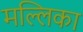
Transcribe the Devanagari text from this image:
मल्‍लिका